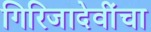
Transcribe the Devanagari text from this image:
गिरिजादेवींचा